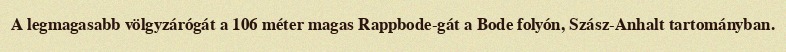
A legmagasabb völgyzárógát a 106 méter magas Rappbode-gát a Bode folyón, Szász-Anhalt tartományban.